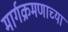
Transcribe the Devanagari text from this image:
मार्गक्रमणाच्या